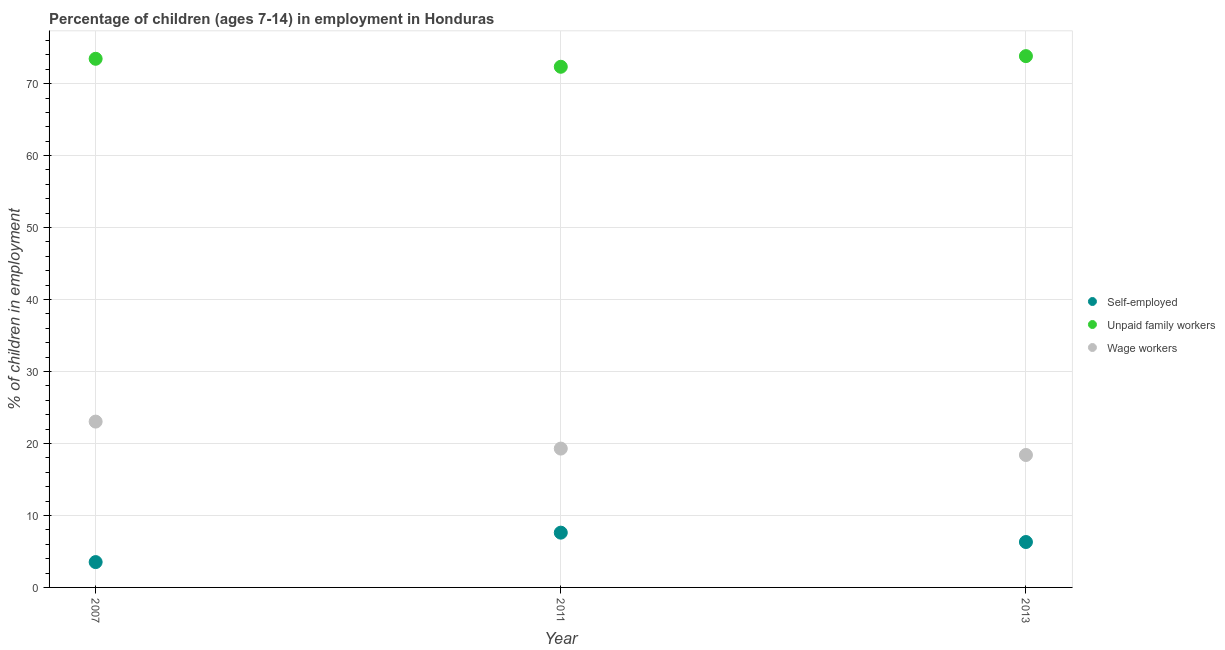
| Year | Self-employed | Unpaid family workers | Wage workers |
 | --- | --- | --- | --- |
 | 2007 | 3.52 | 73.5 | 23 |
 | 2011 | 7.61 | 72.3 | 19.3 |
 | 2013 | 6.31 | 73.8 | 18.4 |